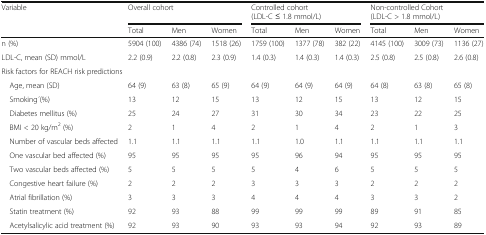
<table><thead><tr><td rowspan="2"><b>Variable</b></td><td colspan="3"><b>Overall cohort</b></td><td colspan="3"><b>Controlled cohort (LDL-C ≤ 1.8 mmol/L)</b></td><td colspan="3"><b>Non-controlled Cohort (LDL-C &gt; 1.8 mmol/L)</b></td></tr><tr><td><b>Total</b></td><td><b>Men</b></td><td><b>Women</b></td><td><b>Total</b></td><td><b>Men</b></td><td><b>Women</b></td><td><b>Total</b></td><td><b>Men</b></td><td><b>Women</b></td></tr></thead><tbody><tr><td>n (%)</td><td>5904 (100)</td><td>4386 (74)</td><td>1518 (26)</td><td>1759 (100)</td><td>1377 (78)</td><td>382 (22)</td><td>4145 (100)</td><td>3009 (73)</td><td>1136 (27)</td></tr><tr><td>LDL-C, mean (SD) mmol/L</td><td>2.2 (0.9)</td><td>2.2 (0.8)</td><td>2.3 (0.9)</td><td>1.4 (0.3)</td><td>1.4 (0.3)</td><td>1.4 (0.3)</td><td>2.5 (0.8)</td><td>2.5 (0.8)</td><td>2.6 (0.8)</td></tr><tr><td colspan="10">Risk factors for REACH risk predictions</td></tr><tr><td> Age, mean (SD)</td><td>64 (9)</td><td>63 (8)</td><td>65 (9)</td><td>64 (9)</td><td>64 (9)</td><td>64 (9)</td><td>64 (8)</td><td>63 (8)</td><td>65 (8)</td></tr><tr><td> Smoking ́(%)</td><td>13</td><td>12</td><td>15</td><td>13</td><td>12</td><td>15</td><td>13</td><td>12</td><td>15</td></tr><tr><td> Diabetes mellitus (%)</td><td>25</td><td>24</td><td>27</td><td>31</td><td>30</td><td>34</td><td>23</td><td>22</td><td>25</td></tr><tr><td> BMI &lt; 20 kg/m<sup>2</sup> (%)</td><td>2</td><td>1</td><td>4</td><td>2</td><td>1</td><td>4</td><td>2</td><td>1</td><td>3</td></tr><tr><td> Number of vascular beds affected</td><td>1.1</td><td>1.1</td><td>1.1</td><td>1.1</td><td>1.0</td><td>1.1</td><td>1.1</td><td>1.1</td><td>1.1</td></tr><tr><td> One vascular bed affected (%)</td><td>95</td><td>95</td><td>95</td><td>95</td><td>96</td><td>94</td><td>95</td><td>95</td><td>95</td></tr><tr><td> Two vascular beds affected (%)</td><td>5</td><td>5</td><td>5</td><td>5</td><td>4</td><td>6</td><td>5</td><td>5</td><td>5</td></tr><tr><td> Congestive heart failure (%)</td><td>2</td><td>2</td><td>2</td><td>3</td><td>3</td><td>3</td><td>2</td><td>2</td><td>2</td></tr><tr><td> Atrial fibrillation (%)</td><td>3</td><td>3</td><td>3</td><td>4</td><td>4</td><td>4</td><td>3</td><td>3</td><td>2</td></tr><tr><td> Statin treatment (%)</td><td>92</td><td>93</td><td>88</td><td>99</td><td>99</td><td>99</td><td>89</td><td>91</td><td>85</td></tr><tr><td> Acetylsalicylic acid treatment (%)</td><td>92</td><td>93</td><td>90</td><td>93</td><td>93</td><td>94</td><td>92</td><td>93</td><td>89</td></tr></tbody></table>